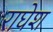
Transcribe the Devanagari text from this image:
राघेश